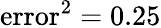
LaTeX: \mathrm{error}^{2}=0.25